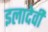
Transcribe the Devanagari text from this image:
इलादेवी